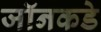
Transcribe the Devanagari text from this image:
जॉनकडे